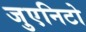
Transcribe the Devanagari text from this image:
जुएनिटो